Vaccine operations Central Provinces 1868-1885 - 1868-1885
Year: 1868
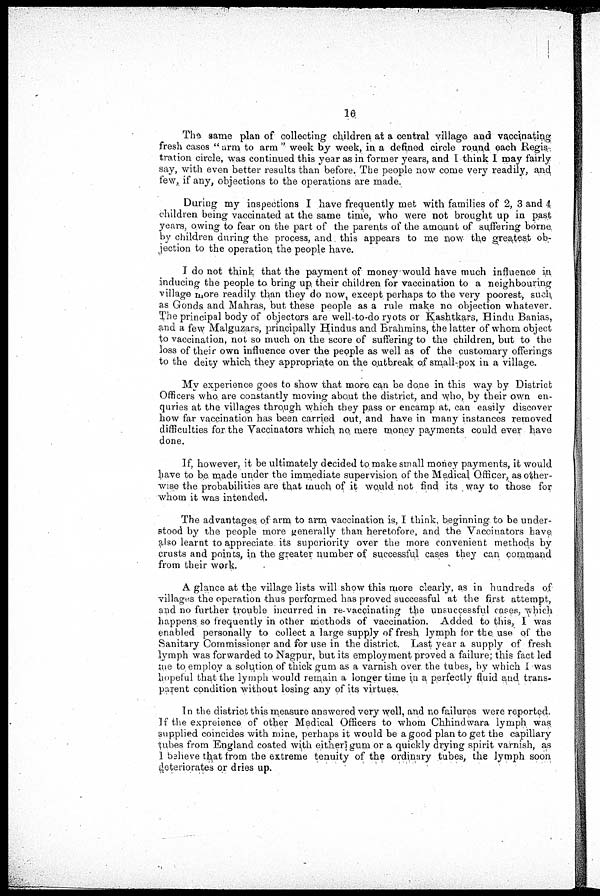
The same plan of collecting children at a central village and vaccinating
fresh cases " arm to arm " week by week, in a defined circle round each Regis-
tration circle, was continued this year as in former years, and I think I may fairly
say, with even better results than before. The people now come very readily, and
few, if any, objections to the operations are made.
During my inspections I have frequently met with families of 2, 3 and 4
children being vaccinated at the same time, who were not brought up in past
years, owing to fear on the part of the parents of the amount of suffering borne
by children during the process, and this appears to me now the greatest ob-
jection to the operation the people have.
I do not think that the payment of money would have much influence in
inducing the people to bring up their children for vaccination to a neighbouring
village more readily than they do now, except perhaps to the very poorest, such
as Gonds and Mahras, but these people as a rule make no objection whatever.
The principal body of objectors are well-to-do ryots or Kashtkars, Hindu Banias,
and a few Malguzars, principally Hindus and Brahmins, the latter of whom object
to vaccination, not so much on the score of suffering to the children, but to the
loss of their own influence over the people as well as of the customary offerings
to the deity which they appropriate on the outbreak of small-pox in a village.
My experience goes to show that more can be done in this way by District
Officers who, are constantly moving about the district, and who, by their own en-
quries at the villages through which they pass or encamp at, can easily discover
how far vaccination has been carried out, and have in many instances removed
difficulties for the Vaccinators which no mere money payments could ever have
done.
If, however, it be ultimately decided to make small money payments, it would
have to be made under the immediate supervision of the Medical Officer, as other-
wise the probabilities are that much of it would not find its way to those for
whom it was intended.
The advantages of arm to arm vaccination is, I think, beginning to be under-
stood by the people more generally than heretofore, and the Vaccinators have
also learnt to appreciate its superiority over the more convenient methods by
crusts and points, in the greater number of successful cases they can command
from their work.
A glance at the village lists will show this more clearly, as in hundreds of
villages the operation thus performed has proved successful at the first attempt,
and no further trouble incurred in re-vaccinating the unsuccessful cases, which
happens so frequently in other methods of vaccination. Added to this, I was
enabled personally to collect a large supply of fresh lymph for the use of the
Sanitary Commissioner and for use in the district. Last year a supply of fresh
lymph was forwarded to Nagpur, but its employment proved a failure; this fact led
me to employ a solution of thick gum as a varnish over the tubes, by which I was
hopeful that the lymph would remain a longer time in a perfectly fluid and trans-
parent condition without losing any of its virtues.
In the district this measure answered very well, and no failures were reported.
If the expreience of other Medical Officers to whom Chhindwara lymph was.
supplied coincides with mine, perhaps it would be a good plan to get the capillary
tubes from England coated with either gum or a quickly drying spirit varnish, as
I baheve that from the extreme tenuity of the ordinary tubes, the lymph soon
deteriorates or dries up.